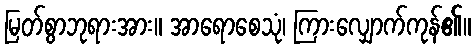
မြတ်စွာဘုရားအား။ အာရောစေသုံ၊ ကြားလျှောက်ကုန်၏။